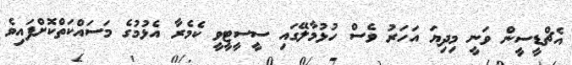
އެޗްޑީސީން ވަނީ މިދިޔަ އަހަރު ވެސް ހުޅުމާލޭގައި ސީސީޓީވީ ކެމެރާ އެޅުމުގެ މަސައްކަތްކޮށްފައިވެ